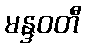
မန္ဒဝတီ